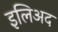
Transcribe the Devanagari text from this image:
इलिअद